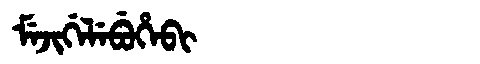
Manchu: ᠮᡝᠵᡳᡤᡝᠯᡝᠪᡠᡥᡝᠪᡳ
Romanization: MEJIGELEBUHEBI